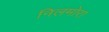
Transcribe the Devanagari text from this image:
निलमोरा